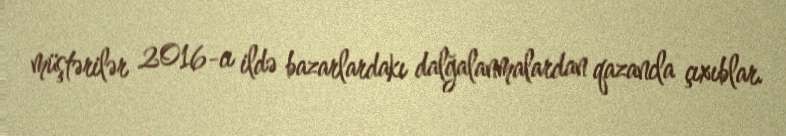
müştərilər 2016-cı ildə bazarlardakı dalğalanmalardan qazancla çıxıblar.